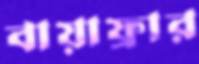
বায়াফ্রার